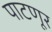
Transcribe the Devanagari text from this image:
पाटणूर